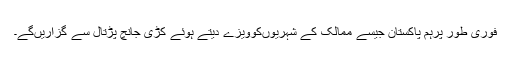
فوری طور پرہم پاکستان جیسے ممالک کے شہریوںکوویزے دیتے ہوئے کڑی جانچ پڑتال سے گزاریںگے۔